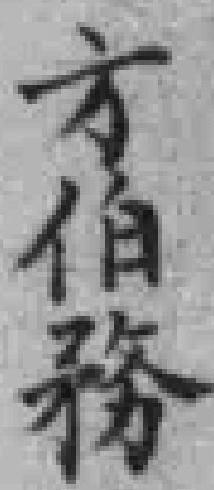
方伯務